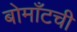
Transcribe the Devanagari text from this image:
बोमाँटची